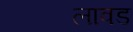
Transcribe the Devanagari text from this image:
लावड